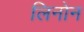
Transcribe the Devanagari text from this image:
लिनोन